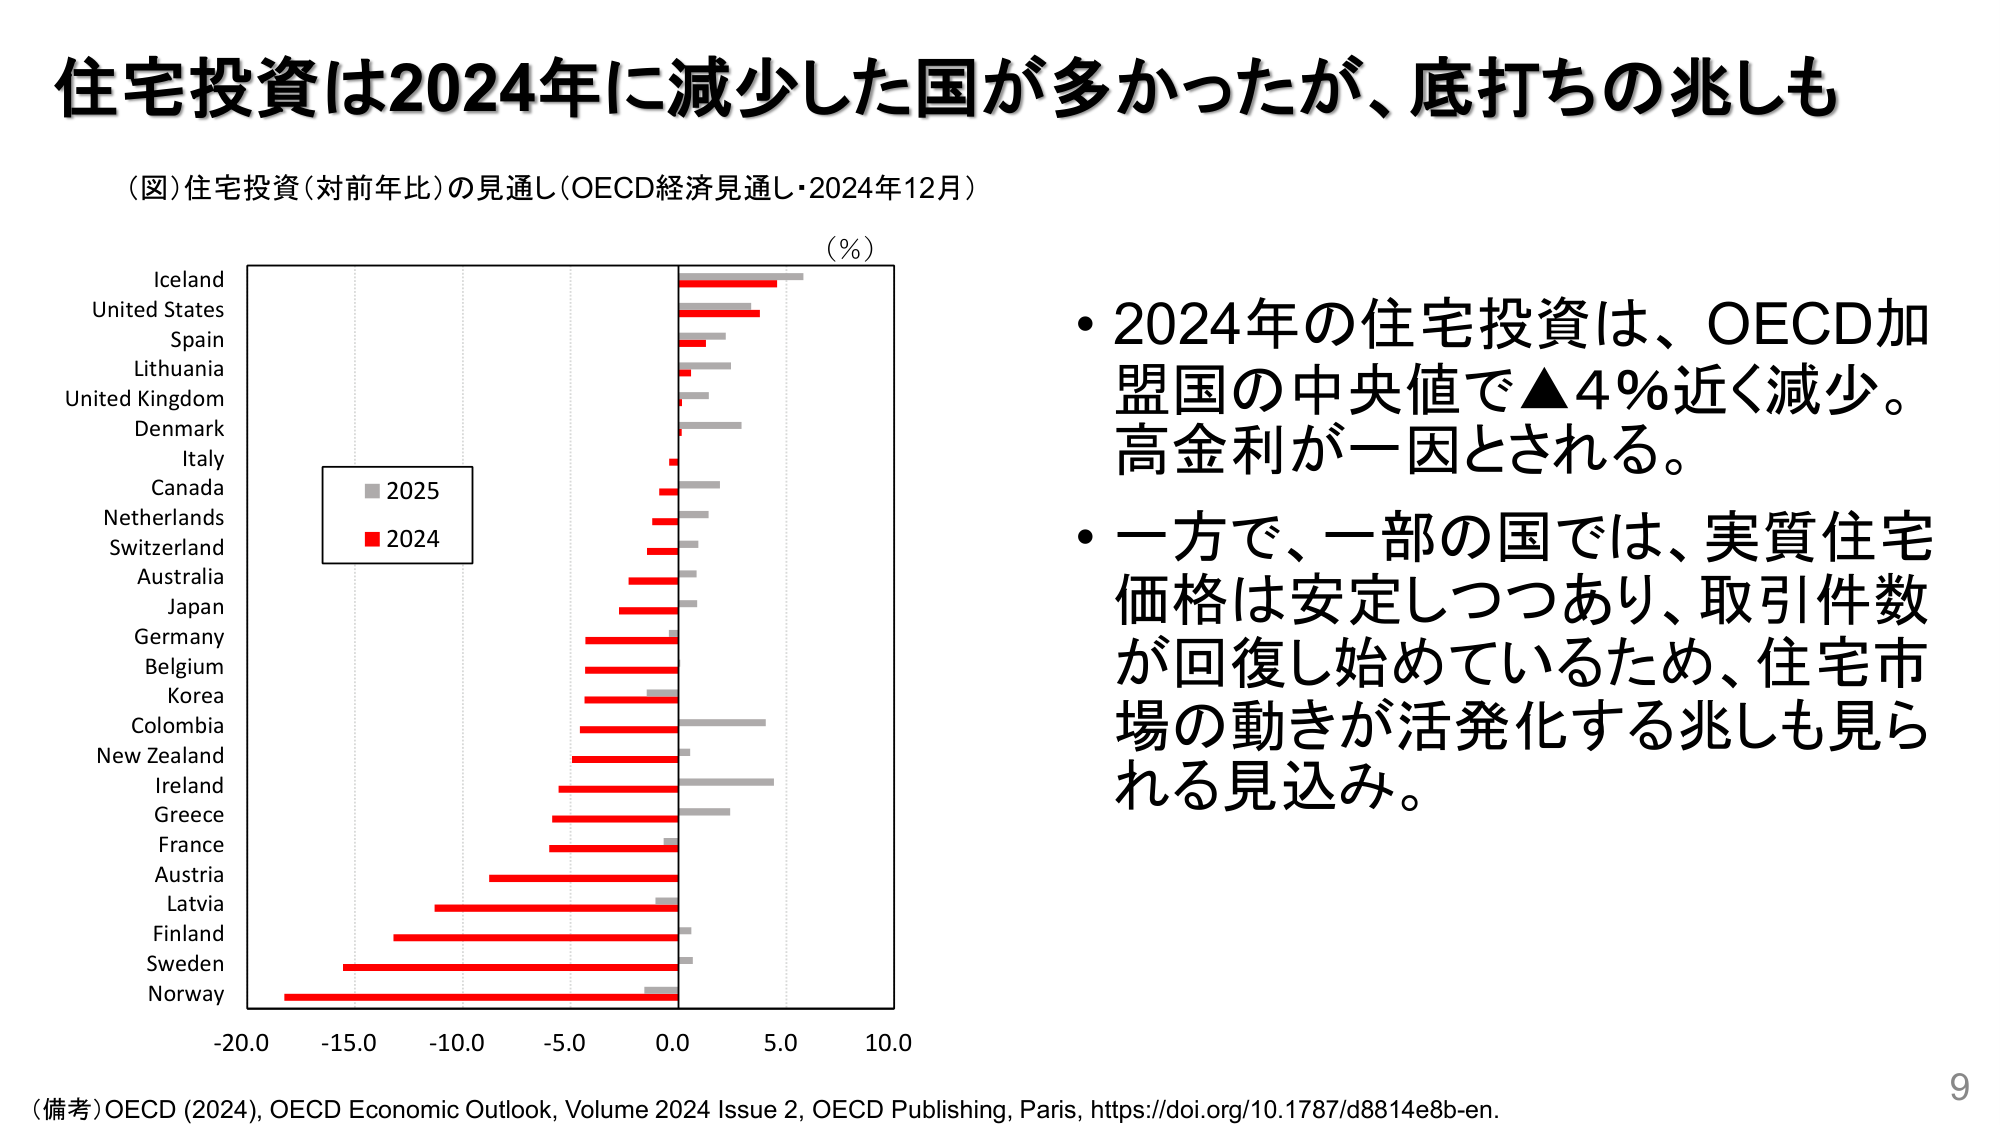
住宅投資は2024年に減少した国が多かったが、底打ちの兆しも

（図）住宅投資（対前年比）の見通し（OECD経済見通し・2024年12月）

（%）

Iceland
United States
Spain
Lithuania
United Kingdom
Denmark
Italy
Canada
Netherlands
Switzerland
Australia
Japan
Germany
Belgium
Korea
Colombia
New Zealand
Ireland
Greece
France
Austria
Latvia
Finland
Sweden
Norway

■ 2025
■ 2024

-20.0 -15.0 -10.0 -5.0 0.0 5.0 10.0

• 2024年の住宅投資は、OECD加盟国の中央値で▲4%近く減少。高金利が一因とされる。
• 一方で、一部の国では、実質住宅価格は安定しつつあり、取引件数が回復し始めているため、住宅市場の動きが活発化する兆しも見られる見込み。

（備考）OECD (2024), OECD Economic Outlook, Volume 2024 Issue 2, OECD Publishing, Paris, https://doi.org/10.1787/d8814e8b-en.

9